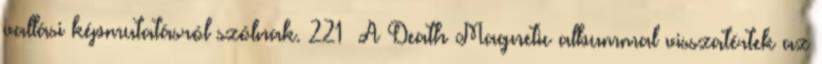
vallási képmutatásról szólnak. 221 A Death Magnetic albummal visszatértek az